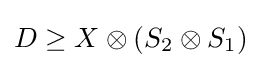
D\geq X\otimes (S_{2}\otimes S_{1})